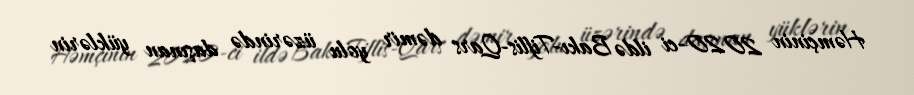
Həmçinin 2020-ci ildə Bakı-Tiflis-Qars dəmir yolu üzərində daşınan yüklərin